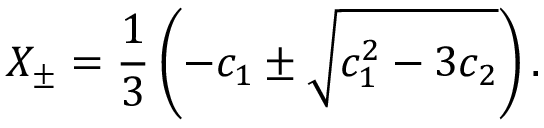
X _ { \pm } = \frac { 1 } { 3 } \left( - c _ { 1 } \pm \sqrt { c _ { 1 } ^ { 2 } - 3 c _ { 2 } } \right) .